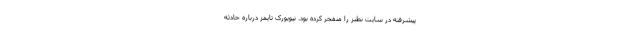
پیشرفته در سایت نطنز را منفجر کرده بود. نیویورک تایمز درباره حادثه